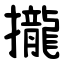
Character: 攏